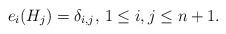
LaTeX: \begin{align*} e_i(H_j) = \delta_{i,j}, \, 1\le i,j\le n+1.\end{align*}